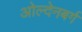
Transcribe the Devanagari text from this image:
ओल्देनबर्ग